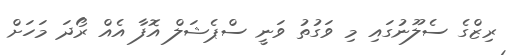
ރިޒްގެ ސެލޫނުގައި މި ވަގުތު ވަނީ ސްޕެޝަލް އޮފާ އެއް ރޯދަ މަހަށް